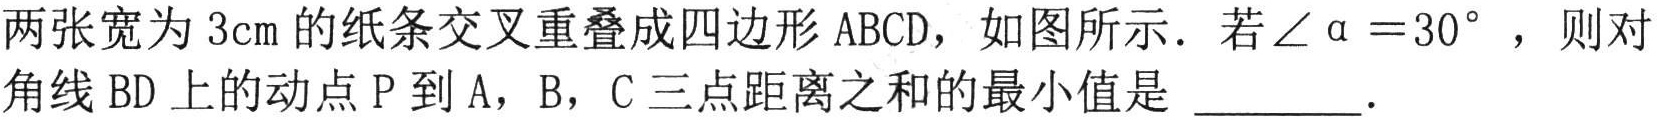
两张宽为 \(3\text{cm}\) 的纸条交叉重叠成四边形 \(ABCD\)，如图所示．若\(\angle\alpha = 30^{\circ}\)，则对角线 \(BD\) 上的动点 \(P\) 到 \(A\)，\(B\)，\(C\) 三点距离之和的最小值是 _________．